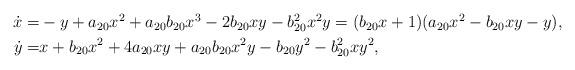
LaTeX: \begin{align*} \begin{aligned}\dot{x}= & - y + a_{20} x^2 + a_{20} b_{20} x^3 - 2 b_{20} x y - b_{20}^2 x^2 y= (b_{20} x+1) (a_{20} x^2-b_{20} x y-y),\\\dot{y}= & x + b_{20} x^2 + 4 a_{20} x y + a_{20} b_{20} x^2 y - b_{20} y^2 - b_{20}^2 x y^2,\end{aligned}\end{align*}